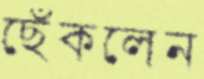
ছেঁকলেন